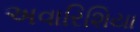
અવારિશિયા